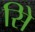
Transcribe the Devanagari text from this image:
सिे